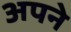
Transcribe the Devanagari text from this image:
अपने